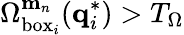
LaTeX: \Omega_{\mathrm{box}_{i}}^{\mathbf{m}_{n}}(\mathbf{q}_{i}^{*})>T_{\Omega}